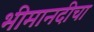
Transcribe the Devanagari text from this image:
भीमानदीचा